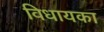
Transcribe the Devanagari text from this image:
विधायका